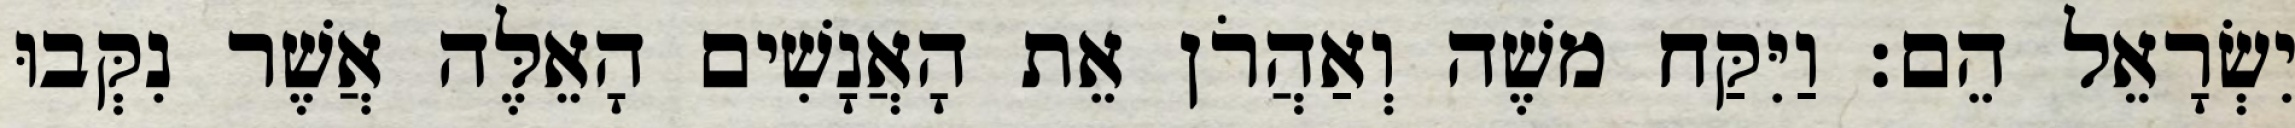
יִשְׂרָאֵל הֵם׃ וַיִּקַּח משֶׁה וְאַהֲרֹן אֵת הָאֲנָשִׁים הָאֵלֶּה אֲשֶׁר נִקְּבוּ